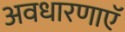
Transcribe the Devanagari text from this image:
अवधारणाएॅ